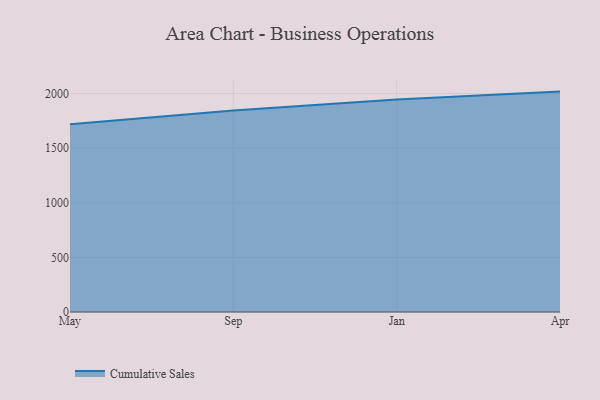
{"axis": {"x": "Month", "y": "LTV (USD)"}, "legend": ["Cumulative Sales"], "data": [{"x": "May", "y": 1719.7, "type": "Cumulative Sales"}, {"x": "Sep", "y": 1845.5, "type": "Cumulative Sales"}, {"x": "Jan", "y": 1945.4, "type": "Cumulative Sales"}, {"x": "Apr", "y": 2017.9, "type": "Cumulative Sales"}]}